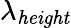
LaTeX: \lambda_{\mathit{height}}